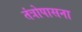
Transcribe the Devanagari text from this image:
तंत्रोपासना